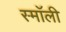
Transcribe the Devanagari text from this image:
स्माॅली